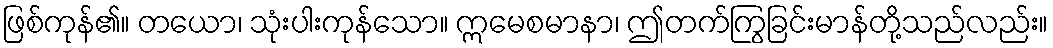
ဖြစ်ကုန်၏။ တယော၊ သုံးပါးကုန်သော။ ဣမေစမာနာ၊ ဤတက်ကြွခြင်းမာန်တို့သည်လည်း။